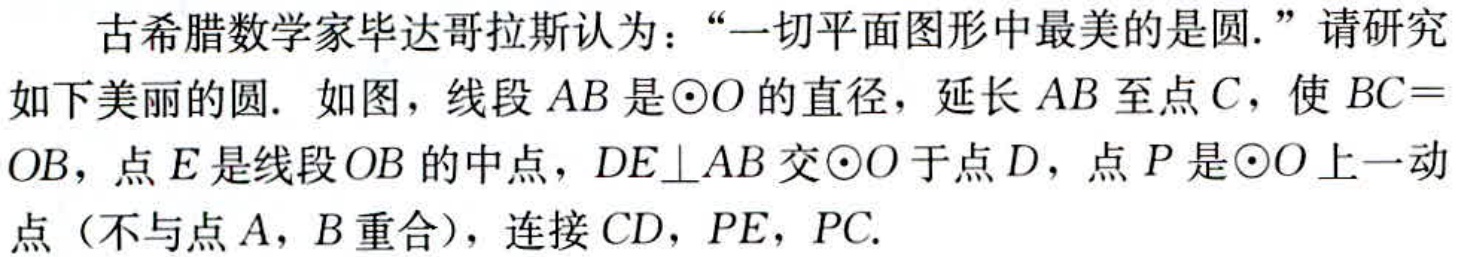
古希腊数学家毕达哥拉斯认为：“一切平面图形中最美的是圆.” 请研究如下美丽的圆. 如图，线段 \(AB\) 是\(\odot O\) 的直径，延长 \(AB\) 至点 \(C\)，使 \(BC = OB\)，点 \(E\) 是线段 \(OB\) 的中点，\(DE\perp AB\) 交\(\odot O\) 于点 \(D\)，点 \(P\) 是\(\odot O\) 上一动点（不与点 \(A\)，\(B\) 重合），连接 \(CD\)，\(PE\)，\(PC\).